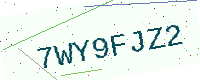
Text: 7WY9FJZ2